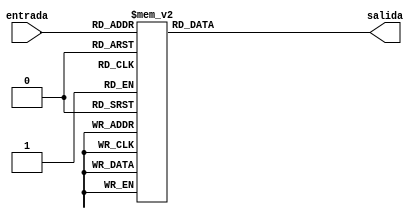

module BCD2HEX(entrada, salida);

	input [3:0] entrada;
	output reg [6:0] salida;
	
	always @(entrada)
	begin
	
		case (entrada)
			4'b0000: salida = 7'b1000000; // "0"  
			4'b0001: salida = 7'b1111001; // "1" 
			4'b0010: salida = 7'b0100100; // "2" 
			4'b0011: salida = 7'b0110000; // "3" 
			4'b0100: salida = 7'b0011001; // "4" 
			4'b0101: salida = 7'b0010010; // "5" 
			4'b0110: salida = 7'b0000010; // "6" 
			4'b0111: salida = 7'b1111000; // "7" 
			4'b1000: salida = 7'b0000000; // "8"  
			4'b1001: salida = 7'b0010000; // "9" 
			default: salida = 7'b1111111; // "Apagado"
		endcase
	
	end

endmodule